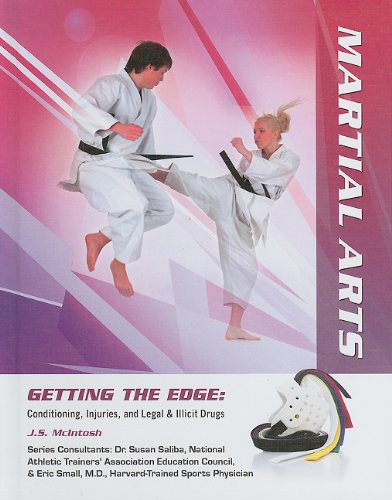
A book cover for Martial Arts (Getting the Edge: Conditioning, Injuries, and Legal & Illicit Drugs); J. S. McIntosh; Teen & Young Adult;